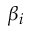
\beta _ { i }